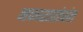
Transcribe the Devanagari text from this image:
नकाशातंत्रांत